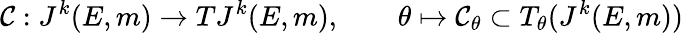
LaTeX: {\mathcal{C}}:J^{k}(E,m)\rightarrow TJ^{k}(E,m),\qquad\theta\mapsto{\mathcal{C}}_{\theta}\subset T_{\theta}(J^{k}(E,m))